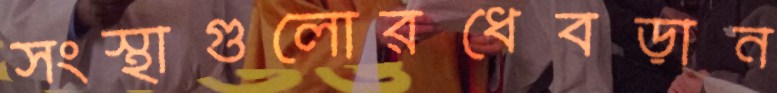
সংস্থাগুলোরধেবড়ান